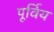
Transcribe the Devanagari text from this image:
पूर्विय